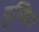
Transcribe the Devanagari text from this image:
दुष्क्रिय